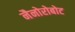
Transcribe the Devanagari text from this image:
नैनोरोबोट